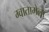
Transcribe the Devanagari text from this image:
ग्वातामेला